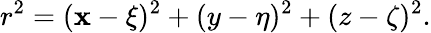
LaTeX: r^{2}=(\mathbf{x}-\xi)^{2}+(y-\eta)^{2}+(z-\zeta)^{2}.